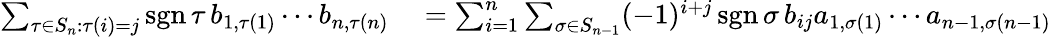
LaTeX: \begin{array}{rl}{\sum_{\tau\in S_{n}:\tau(i)=j}\operatorname{sgn}\tau\, b_{1,\tau(1)}\cdots b_{n,\tau(n)}}&{{}=\sum_{i=1}^{n}\sum_{\sigma\in S_{n-1}}(-1)^{i+j}\operatorname{sgn}\sigma\, b_{ij}a_{1,\sigma(1)}\cdots a_{n-1,\sigma(n-1)}}\end{array}